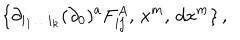
\{ \partial _ { i _ { 1 } \ldots i _ { k } } ^ { } ( \partial _ { 0 } ) ^ { a } F _ { i j } ^ { A } , \, x ^ { m } , \, d x ^ { m } \} \, ,